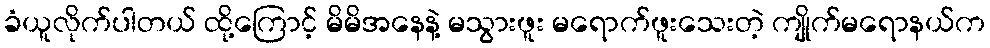
ခံယူလိုက်ပါတယ် ထို့ကြောင့် မိမိအနေနဲ့ မသွားဖူး မရောက်ဖူးသေးတဲ့ ကျိုက်မရောနယ်က